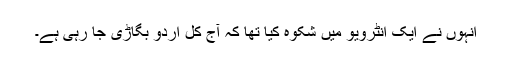
انہوں نے ایک انٹرویو میں شکوہ کیا تھا کہ آج کل اردو بگاڑی جا رہی ہے۔